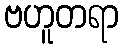
ဗဟူတရာ